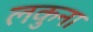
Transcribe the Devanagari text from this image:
लकुना